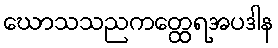
ဃောသသညကတ္ထေရအပဒါန